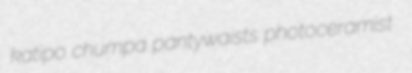
katipo chumpa pantywaists photoceramist